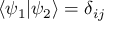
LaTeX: \left\langle \psi _ { 1 } | \psi _ { 2 } \right\rangle = \delta _ { i j }